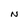
Character: N